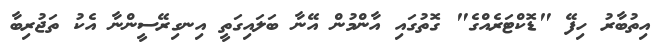
އިތުބާރު ހިފޭ "ޑޮކްޓަރެއްގެ" ގޮތުގައި އާންމުން އޭނާ ބަލައިގަތީ އިނގިރޭސީންނާ އެކު ތަޖުރިބާ